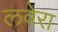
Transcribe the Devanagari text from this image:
लवेरा